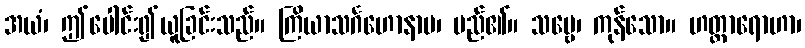
အယံ၊ ဤပေါင်း၍ယူခြင်းသည်။ ကြိယာသင်္ဂဟောနာမ၊ မည်၏။ သဗ္ဗေ၊ ကုန်သော။ ဟတ္ထာရောဟာ၊